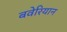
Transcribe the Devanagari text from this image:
बवेरियान